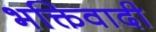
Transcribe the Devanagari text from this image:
भक्तिवादी